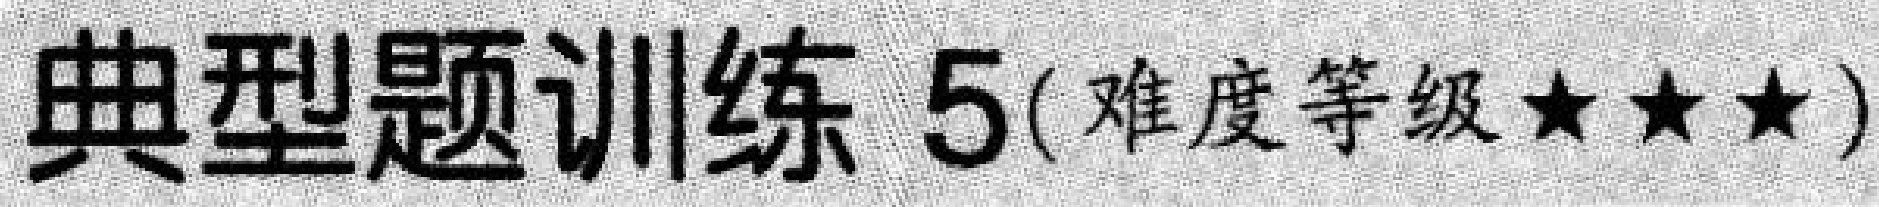
典型题训练 5(难度等级★★★)